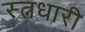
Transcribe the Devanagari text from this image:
स्त्नधारी